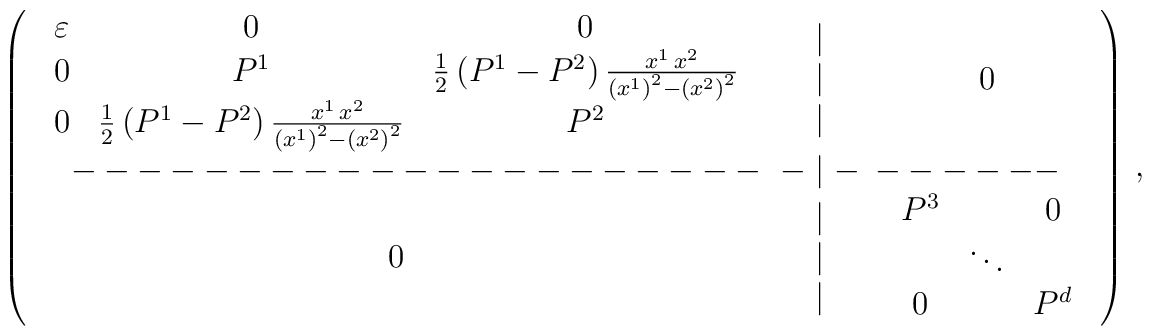
\left(\begin{array}{ccc}\begin{array}{ccc}\varepsilon & 0 & 0\\0 & P^1 &\frac 12 \left(P^1-P^2\right)\frac{x^1\,x^2}{\left(x^1\right)^2-\left(x^2\right)^2}\\0 & \frac 12\left(P^1-P^2\right)\frac{x^1\,x^2}{\left(x^1\right)^2-\left(x^2\right)^2}& P^2\end{array} &\begin{array}{c}\mid \\ \mid \\ \mid \end{array} & 0\\--------------------- \!\!\!\!\!\!\! & -\mid- & \!\!\!\!\!\!\!------ \\0 &\begin{array}{c}\mid \\ \mid \\ \mid \end{array} &\begin{array}{ccc}P^3 &  & 0\\ & \ddots & \\0 &  & P^d\end{array}\end{array}\right)\,,